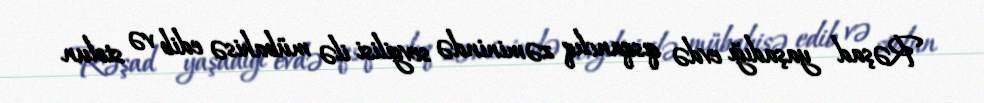
Rəşad yaşadığı evdə qısqanclıq zəminində sevgilisi ilə mübahisə edib və stolun